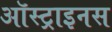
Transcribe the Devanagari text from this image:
ऑस्ट्राइनस